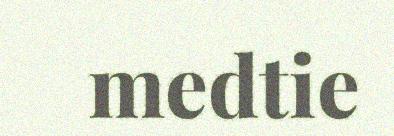
medtie